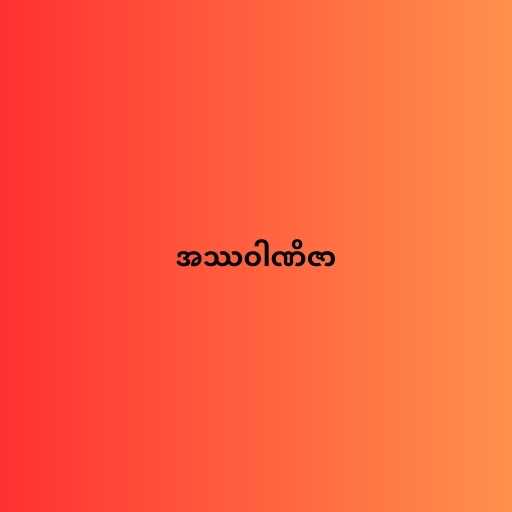
အဿဝါဏိဇာ